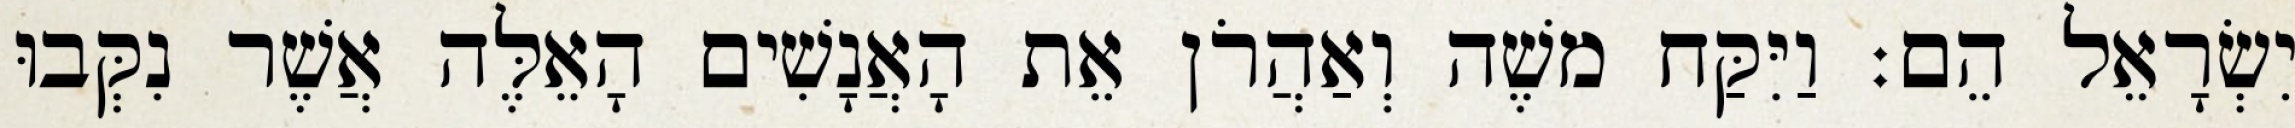
יִשְׂרָאֵל הֵם׃ וַיִּקַּח משֶׁה וְאַהֲרֹן אֵת הָאֲנָשִׁים הָאֵלֶּה אֲשֶׁר נִקְּבוּ